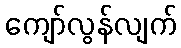
ကျော်လွန်လျက်